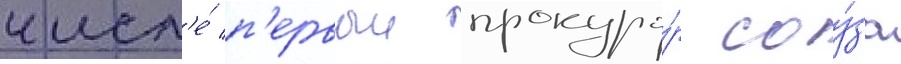
числ'е́ п'ервыи прокуро́р соу́за